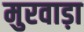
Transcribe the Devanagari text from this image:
मुरवाड़ा